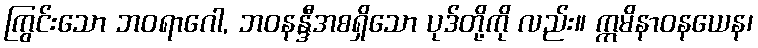
ကြွင်းသော ဘဝရာဂေါ, ဘဝနန္ဒီအစရှိသော ပုဒ်တို့ကို လည်း။ ဣမိနာဝနယေန၊